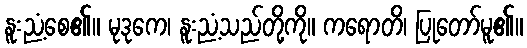
နူးညံ့စေ၏။ မုဒုကေ၊ နူးညံ့သည်တို့ကို။ ကရောတိ၊ ပြုတော်မူ၏။